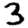
Digit: 3